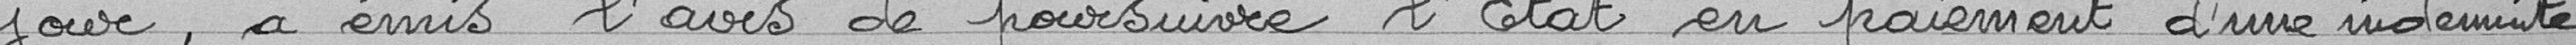
jour, a émis l'avis de poursuivre l'Etat en paiement d'une indemnité